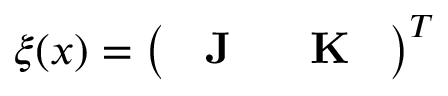
\xi ( x ) = \left( \begin{array} { l l } { \textbf { J } } & { \textbf { K } } \end{array} \right) ^ { T }